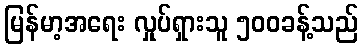
မြန်မာ့အရေး လှုပ်ရှားသူ ၅၀၀ခန့်သည်